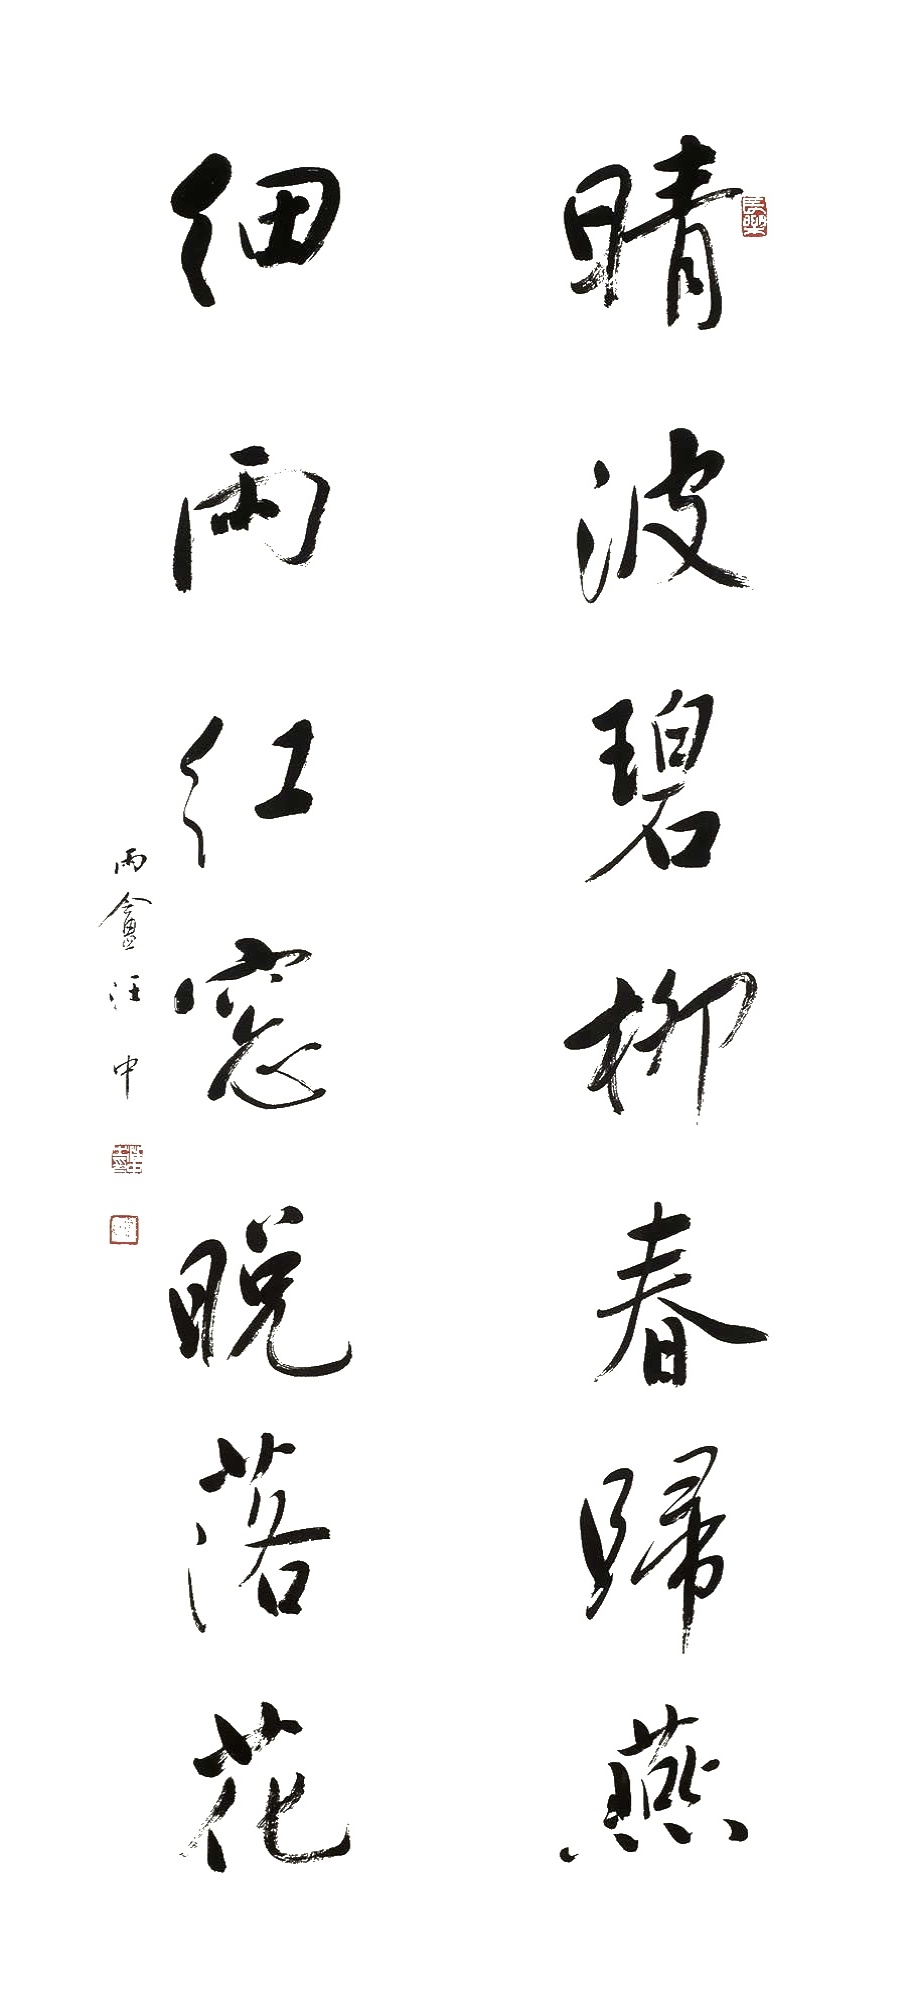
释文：晴波碧柳春归燕，细雨红窗晚落花。雨盫汪中。